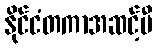
နိုင်ငံတကာအဆင့်မီ